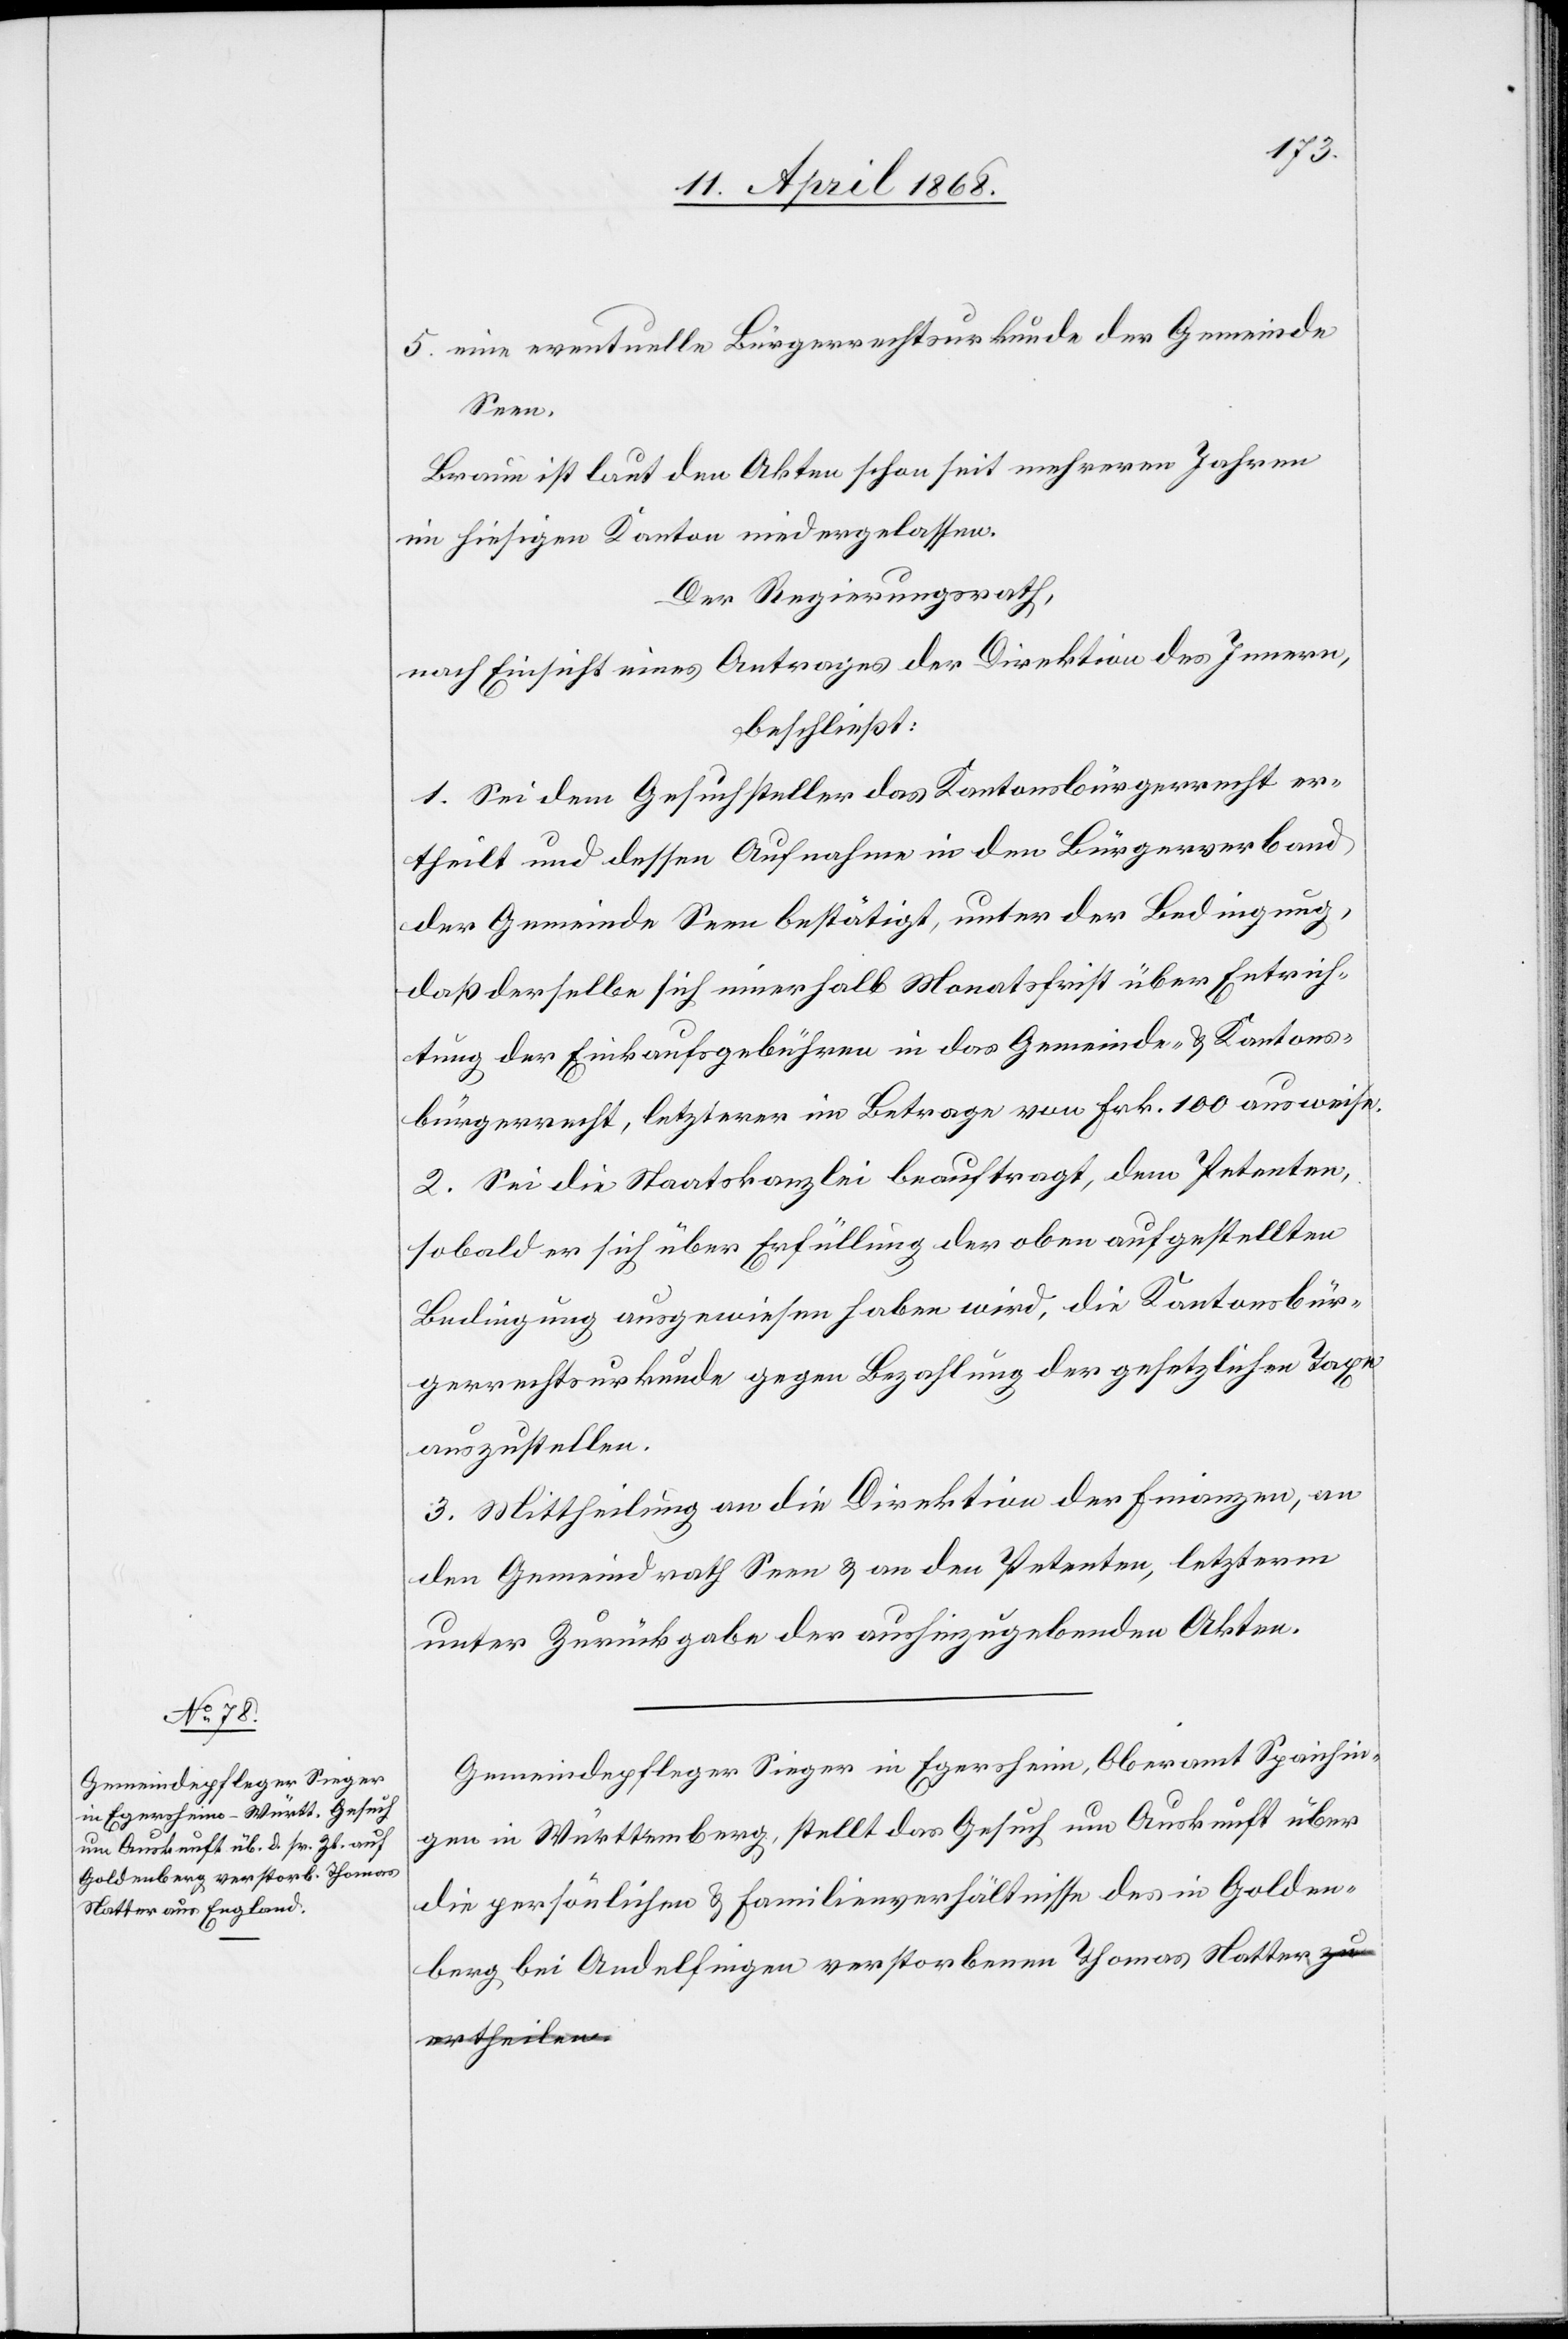
5. eine eventuelle Bürgerrechtsurkunde der Gemeinde
Seen.
Braun ist laut den Akten schon seit mehreren Jahren
im hiesigen Kanton niedergelassen.
Der Regierungsrath,
nach Einsicht eines Antrages der Direktion des Innern,
beschließt:
1. Sei dem Gesuchsteller das Kantonsbürgerrecht er¬
theilt und dessen Aufnahme in den Bürgerverband
der Gemeinde Seen bestätigt, unter der Bedingung,
daß derselbe sich innerhalb Monatsfrist über Entrich¬
tung der Einkaufsgebühren in das Gemeinde- & Kantons¬
bürgerrecht, letzterer im Betrage von Frk. 100 ausweise.
2. Sei die Staatskanzlei beauftragt, dem Petenten,
sobald er sich über Erfüllung der oben aufgestellten
Bedingung ausgewiesen haben wird, die Kantonsbür¬
gerrechtsurkunde gegen Bezahlung der gesetzlichen Taxe
auszustellen.
3. Mittheilung an die Direktion der Finanzen, an
den Gemeindrath Seen & an den Petenten, letzterm
unter Zurückgabe der aushinzugebenden Akten.
Gemeindepfleger Sieger in Egersheim, Oberamt Spaichin¬
gen in Württemberg, stellt das Gesuch um Auskunft über
die persönlichen & Familienverhältnisse des in Golden¬
berg bei Andelfingen verstorbenen Thomas Natter a-zu
ertheilen.-a